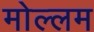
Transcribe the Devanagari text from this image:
मोल्लम